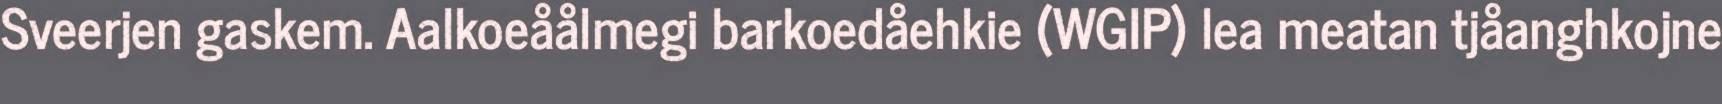
Sveerjen gaskem. Aalkoeåålmegi barkoedåehkie (WGIP) lea meatan tjåanghkojne